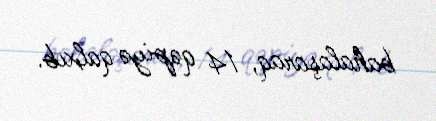
bahalaşaraq, 14 qəpiyə qalxıb.